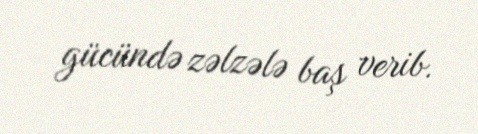
gücündə zəlzələ baş verib.